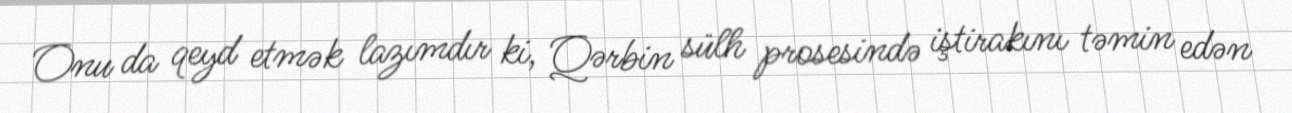
Onu da qeyd etmək lazımdır ki, Qərbin sülh prosesində iştirakını təmin edən